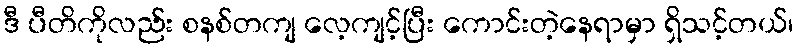
ဒီ ပီတိကိုလည်း စနစ်တကျ လေ့ကျင့်ပြီး ကောင်းတဲ့နေရာမှာ ရှိသင့်တယ်၊